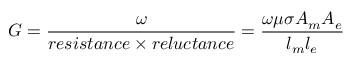
G = { \frac { \omega } { r e s i s t a n c e \times r e l u c t a n c e } } = { \frac { \omega \mu \sigma A _ { m } A _ { e } } { l _ { m } l _ { e } } }